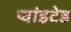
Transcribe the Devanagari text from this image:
प्वांइटेड